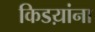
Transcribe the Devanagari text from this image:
किडय़ांना